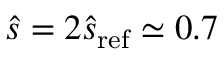
\hat { s } = 2 \hat { s } _ { \mathrm { r e f } } \simeq 0 . 7